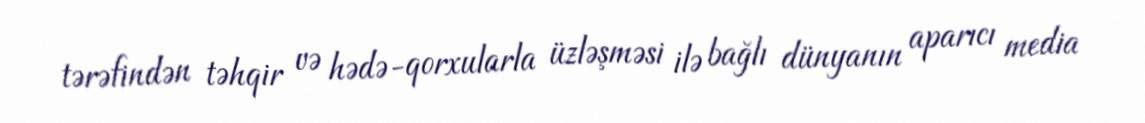
tərəfindən təhqir və hədə-qorxularla üzləşməsi ilə bağlı dünyanın aparıcı media